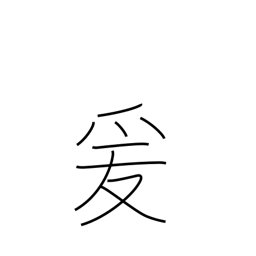
Meaning: lead on to